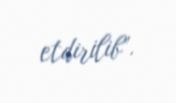
etdirilib”.